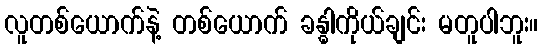
လူတစ်ယောက်နဲ့ တစ်ယောက် ခန္ဓါကိုယ်ချင်း မတူပါဘူး။